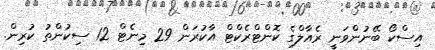
އިސްކޯ ބޭނުންވަނީ ރެއާލްގެ ކޮންޓްރެކްޓް އާކުރަން 29 މިނެޓް 12 ސިކުންތު ކުރިން.